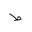
Letter: _da